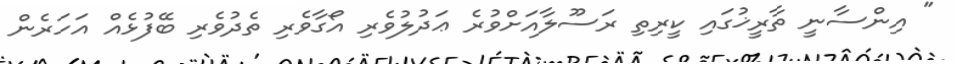
" އިންސާނީ ތާރީޚުގައި ކީރިތި ރަސޫލާއަށްވުރެ ޢަދުލުވެރި އޯގާވެރި ތެދުވެރި ބޭފުޅެއް އަހަރެން